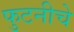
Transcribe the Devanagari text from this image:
फुटनीचे